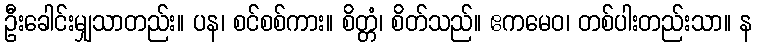
ဦးခေါင်းမျှသာတည်း။ ပန၊ စင်စစ်ကား။ စိတ္တံ၊ စိတ်သည်။ ဧကမေဝ၊ တစ်ပါးတည်းသာ။ န